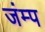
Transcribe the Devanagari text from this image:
जंम्प